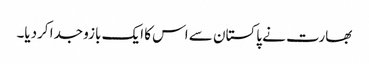
بھارت نے پاکستان سے اس کا ایک بازو جدا کردیا۔